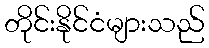
တိုင်းနိုင်ငံများသည်